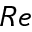
R e